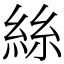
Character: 絲